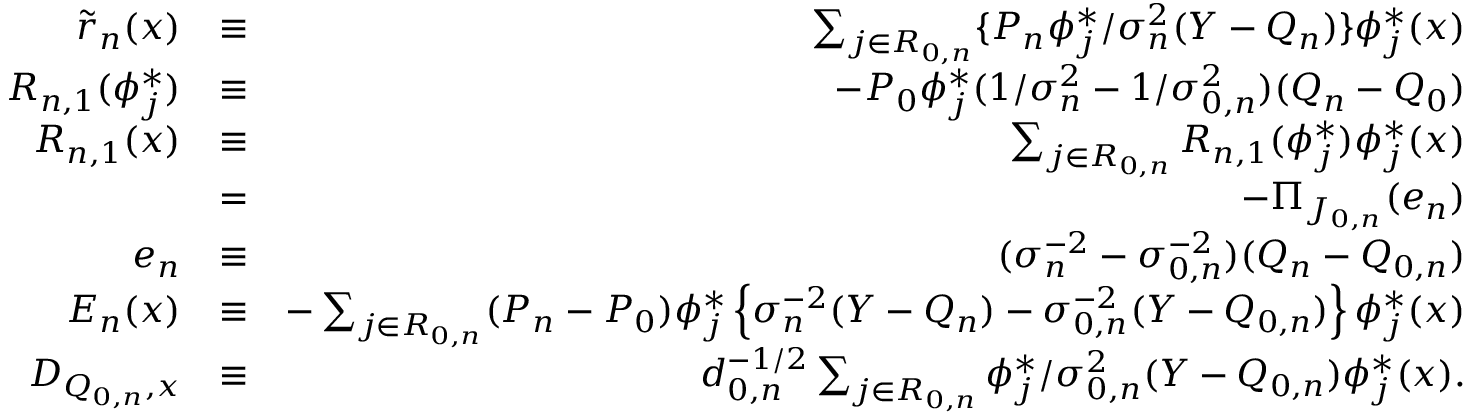
\begin{array} { r l r } { \tilde { r } _ { n } ( x ) } & { \equiv } & { \sum _ { j \in { \cal R } _ { 0 , n } } \{ P _ { n } \phi _ { j } ^ { * } / \sigma _ { n } ^ { 2 } ( Y - Q _ { n } ) \} \phi _ { j } ^ { * } ( x ) } \\ { R _ { n , 1 } ( \phi _ { j } ^ { * } ) } & { \equiv } & { - P _ { 0 } \phi _ { j } ^ { * } ( 1 / \sigma _ { n } ^ { 2 } - 1 / \sigma _ { 0 , n } ^ { 2 } ) ( Q _ { n } - Q _ { 0 } ) } \\ { R _ { n , 1 } ( x ) } & { \equiv } & { \sum _ { j \in { \cal R } _ { 0 , n } } R _ { n , 1 } ( \phi _ { j } ^ { * } ) \phi _ { j } ^ { * } ( x ) } \\ & { = } & { - \Pi _ { J _ { 0 , n } } ( e _ { n } ) } \\ { e _ { n } } & { \equiv } & { ( \sigma _ { n } ^ { - 2 } - \sigma _ { 0 , n } ^ { - 2 } ) ( Q _ { n } - Q _ { 0 , n } ) } \\ { E _ { n } ( x ) } & { \equiv } & { - \sum _ { j \in { \cal R } _ { 0 , n } } ( P _ { n } - P _ { 0 } ) \phi _ { j } ^ { * } \left\{ \sigma _ { n } ^ { - 2 } ( Y - { Q _ { n } } ) - \sigma _ { 0 , n } ^ { - 2 } ( Y - Q _ { 0 , n } ) \right\} \phi _ { j } ^ { * } ( x ) } \\ { D _ { Q _ { 0 , n } , x } } & { \equiv } & { d _ { 0 , n } ^ { - 1 / 2 } \sum _ { j \in { \cal R } _ { 0 , n } } \phi _ { j } ^ { * } / \sigma _ { 0 , n } ^ { 2 } ( Y - { Q _ { 0 , n } } ) \phi _ { j } ^ { * } ( x ) . } \end{array}